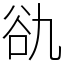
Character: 䜪